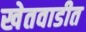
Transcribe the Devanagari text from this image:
खेतवाडीत